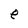
Character: e